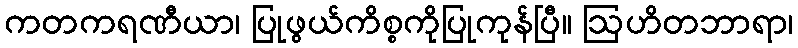
ကတကရဏီယာ၊ ပြုဖွယ်ကိစ္စကိုပြုကုန်ပြီ။ ဩဟိတဘာရာ၊